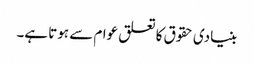
بنیادی حقوق کا تعلق عوام سے ہوتا ہے۔